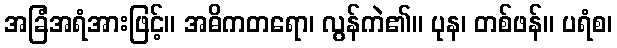
အခြံအရံအားဖြင့်။ အဓိကတရော၊ လွန်ကဲ၏။ ပုန၊ တစ်ဖန်။ ပရံစ၊